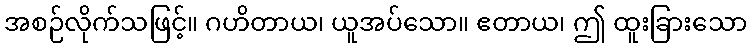
အစဉ်လိုက်သဖြင့်။ ဂဟိတာယ၊ ယူအပ်သော။ ဧတာယ၊ ဤ ထူးခြားသော